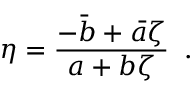
\eta = \frac { - \bar { b } + \bar { a } \zeta } { a + b \zeta } \; \; .